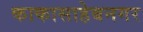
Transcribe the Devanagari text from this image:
काकासाहेबनगर